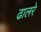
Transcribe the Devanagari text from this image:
ढालरे